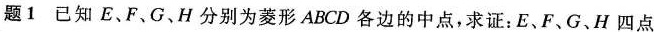
题1 已知E、F、G、H分别为菱形ABCD各边的中点，求证：E、F、G、H四点